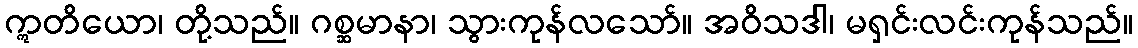
ဣတိယော၊ တို့သည်။ ဂစ္ဆမာနာ၊ သွားကုန်လသော်။ အဝိသဒါ၊ မရှင်းလင်းကုန်သည်။